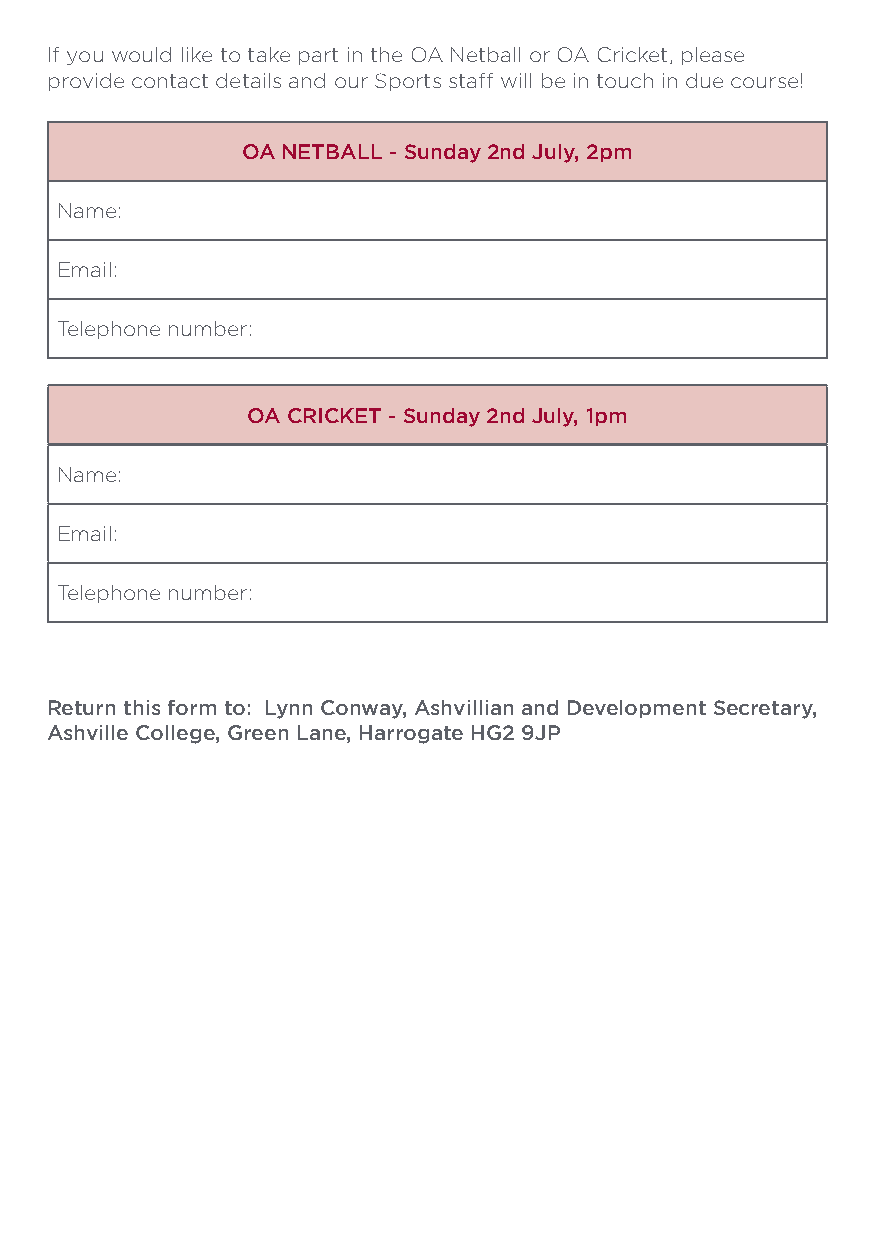
If you would like to take part in the OA Netball or OA Cricket, please
 provide contact details and our Sports staff will be in touch in due course!
 OA NETBALL - Sunday 2nd July, 2pm
 Name:
 Email:
 Telephone number:
 OA CRICKET - Sunday 2nd July, 1pm
 Name:
 Email:
 Telephone number:
 Return this form to: Lynn Conway, Ashvillian and Development Secretary,
 Ashville College, Green Lane, Harrogate HG2 9JP